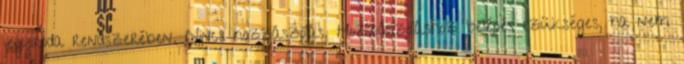
jegyiroda rendszerében. Nincs hozzászólás. Hozzászoláshoz belépés szükséges, ha nem